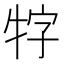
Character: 牸